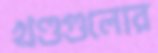
খণ্ডগুলোর